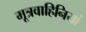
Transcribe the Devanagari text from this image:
मूत्रवाहिनियां